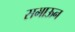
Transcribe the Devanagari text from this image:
समाऊन